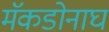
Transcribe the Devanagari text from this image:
मॅकडोनाघ